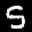
Label: 5